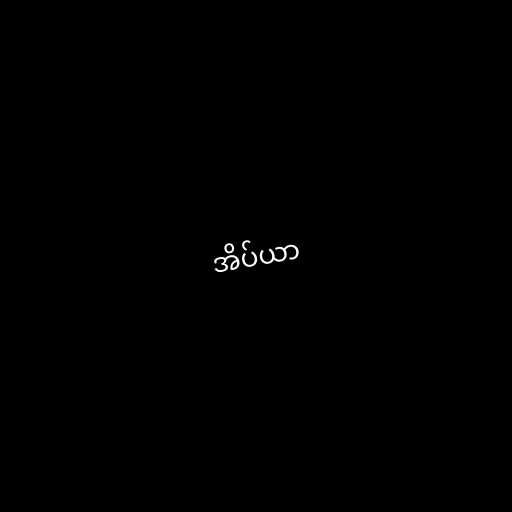
အိပ်ယာ